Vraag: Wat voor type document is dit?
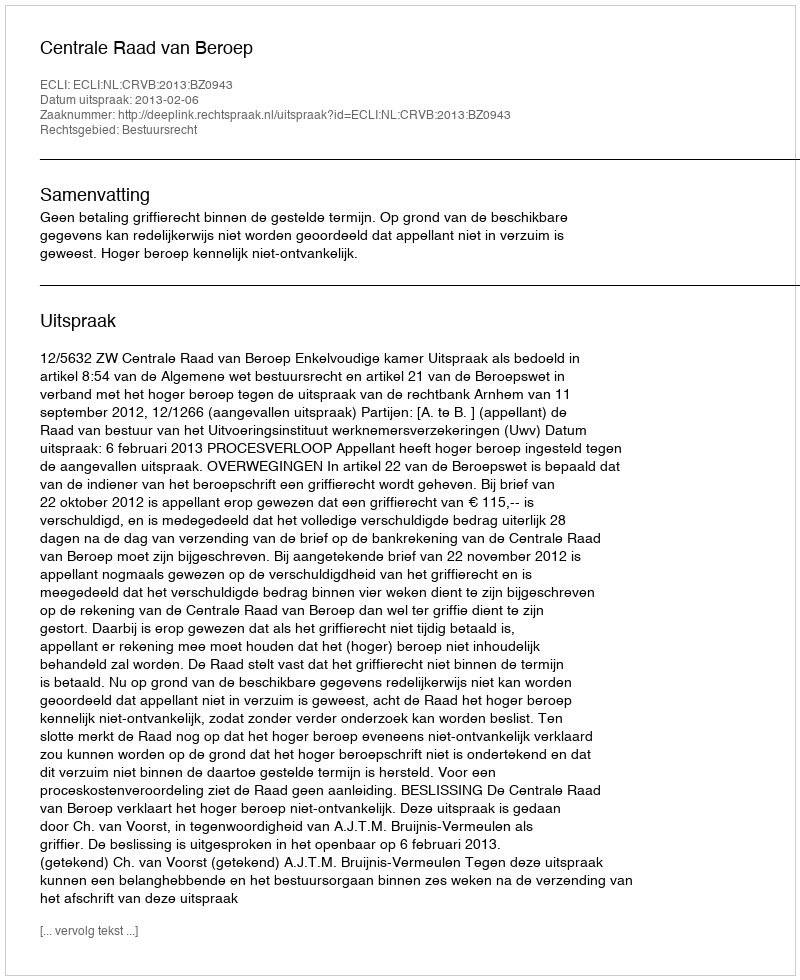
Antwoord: Uitspraak